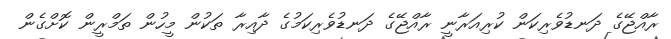
ރާއްޖޭގެ ދަނޑުވެރިކަން ކުރިއަރާނީ ރާއްޖޭގެ ދަނޑުވެރިކަމުގެ ދާއިރާ ތަކުން މީހުން ތަމްރީން ކޮށްގެން